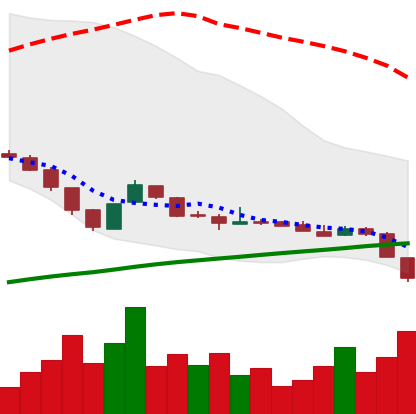
Ticker: DOGE-USD
Chart end date: 2018-11-09
Forward return: -14.172%
Label: down_7plus